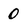
Character: 0